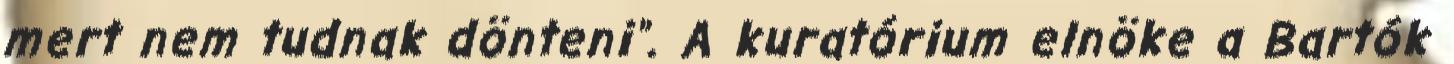
mert nem tudnak dönteni". A kuratórium elnöke a Bartók